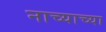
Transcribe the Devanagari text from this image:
नाच्याच्या